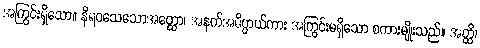
အကြွင်းရှိသော။ နိရဝသေသောအတ္ထော၊ အနက်အဓိပ္ပာယ်ကား အကြွင်းမရှိသော စကားမျိုးသည်။ အတ္ထိ၊